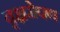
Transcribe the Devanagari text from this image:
वृक्षरोपण